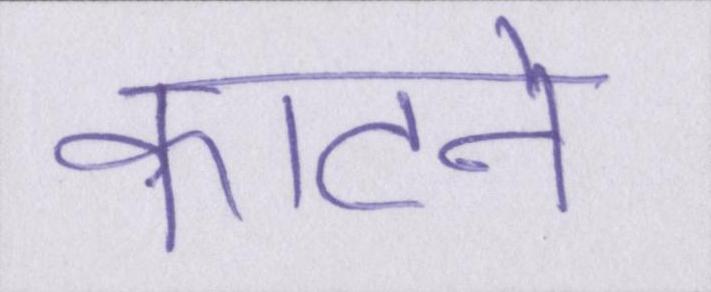
काटने